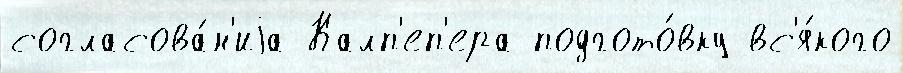
согласова́н'иjа Калп'еп'ера подгото́вку вс'я́кого